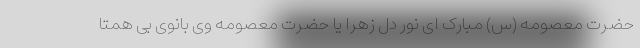
حضرت معصومه (س) مبارک ای نور دل زهرا یا حضرت معصومه وی بانوی بی همتا